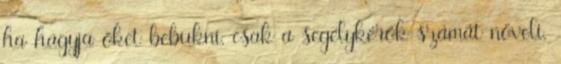
ha hagyja őket bebukni, csak a segélykérők számát növeli.